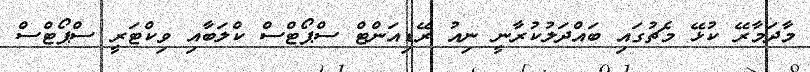
މާދަމާރޭ ކުޅޭ މެޗުގައި ބައްދަލުކުރާނީ ނިއު ރޭޑިއަންޓް ސްޕޯޓްސް ކްލަބާއި ވިކްޓަރީ ސްޕޯޓްސް